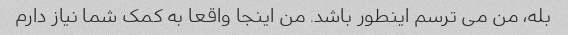
بله، من می ترسم اینطور باشد. من اینجا واقعا به کمک شما نیاز دارم